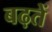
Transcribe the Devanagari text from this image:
बढ़तें